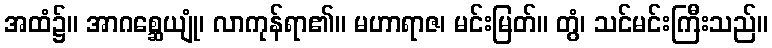
အထံ၌။ အာဂစ္ဆေယျုံ၊ လာကုန်ရာ၏။ မဟာရာဇ၊ မင်းမြတ်။ တွံ၊ သင်မင်းကြီးသည်။